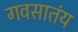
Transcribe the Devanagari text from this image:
गवसातंय